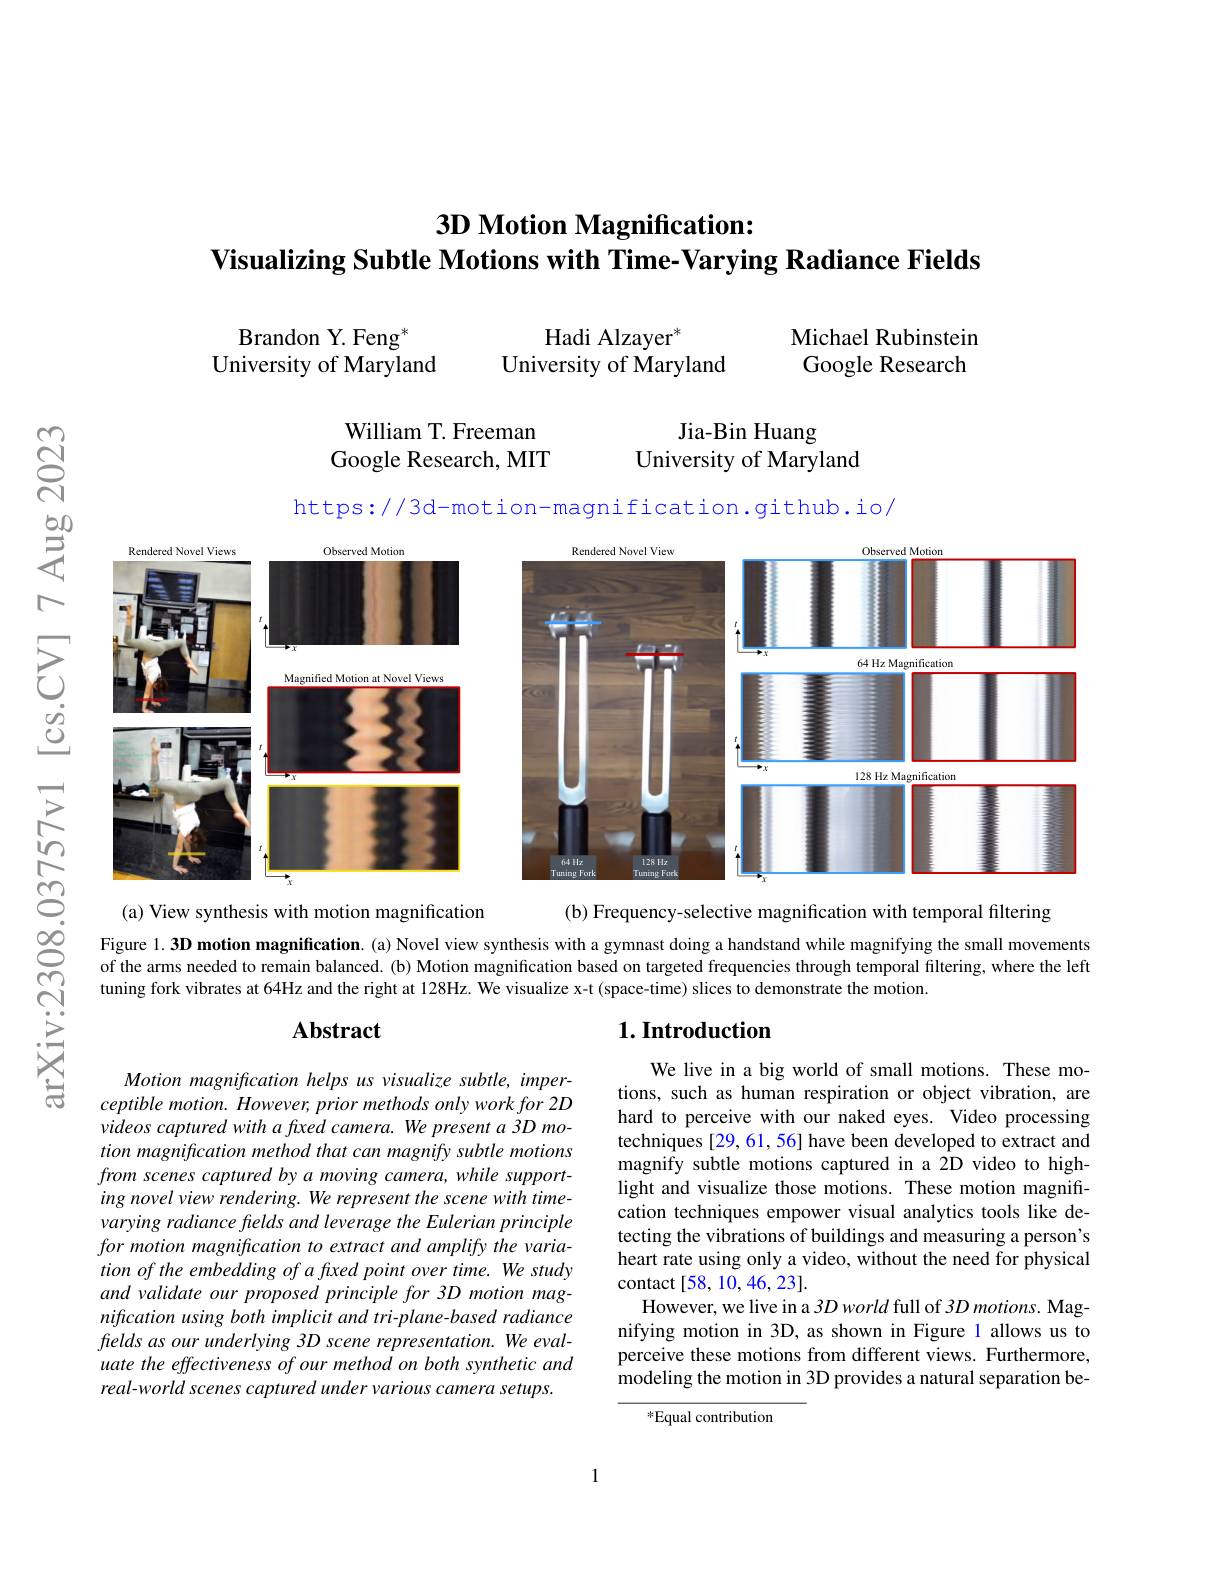
# $\textbf{3D Motion Magnification: }$ Visualizing Subtle Motions with Time- Varying Radiance Fields

Michael Rubinstein

Brandon Y. Feng$^*$
Hadi Alzayer$^*$
University of Maryland
University of Maryland

Google Research

Jia-Bin Huang
University of Maryland

William T. Freeman Google Research, MIT

$ଟ୍ରି$

https://3d-motion-magnification.github.io/
<FigureHere>
C

(a) View synthesis with motion magnification

(b) Frequency-selective magnification with temporal filtering

Figure $1.3\mathbf{D}$ motion magnification.(a) Novel view synthesis with a gymnast doing a handstand while magnifying the small movements of the arms needed to remain balanced. (b) Motion magnification based on targeted frequencies through temporal filtering, where the left tuning fork vibrates at 64Hz and the right at 128Hz. We visualize x-t (space-time) slices to demonstrate the motion

arXiv:2308

## $\mathbf{Abstract}$

## $1. \textbf{Introduction}$

We live in a big world of small motions. These motions, such as human respiration or object vibration, are hard to perceive with our naked eyes. Video processing techniques [29, 61, 56] have been developed to extract and magnify subtle motions captured in a 2D video to highlight and visualize those motions. These motion magnifrcation techniques empower visual analytics tools like detecting the vibrations of buildings and measuring a person's heart rate using only a video, without the need for physical contact[58,10,46,23].
However, we live in a 3D world full of 3D motions. Magnifying motion in 3D, as shown in Figure 1 allows us to perceive these motions from different views. Furthermore, modeling the motion in 3D provides a natural separation be-

Motion magnification helps us visualize subtle, imperceptible motion. However, prior methods only work for 2D videos captured with a flxed camera. We present a 3D motion magnification method that can magnify subtle motions from scenes captured by a moving camera, while supporting novel view rendering. We represent the scene with timevarying radiance fields and leverage the Eulerian principle for motion magnification to extract and amplify the variation of the embedding of a fxed point over time. We study and validate our proposed principle for 3D motion magnification using both implicit and tri-plane-based radiance frelds as our underlying 3D scene representation. We evaluate the effectiveness of our method on both synthetic and real-world scenes captured under various camera setups.

*Equal contribution

1